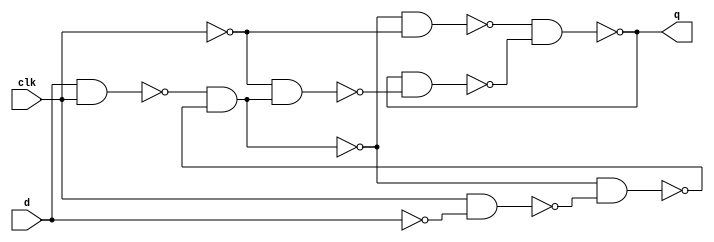
/* mdulo DLatch */

`ifndef _DLatch_
`define _DLatch_

module DLatch(q, d, clk);
    input d, clk;
    output q;
    wire qb, w1, w2, w3, w4, w5, w6, w7, w8, w9;

    nand nand1(w2, d, clk);
    nand nand2(w5, w2, w3);
    nand nand3(w4, clk, w1);
    nand nand4(w3, w5, w4);
    nand nand5(w8, w5, w7);
    nand nand6(q, w8, qb);
    nand nand7(w9, w7, w6);
    nand nand8(qb, q, w9);
    not not1(w1, d);
    not not2(w7, clk);
    not not3(w6, w5);

endmodule

`endif